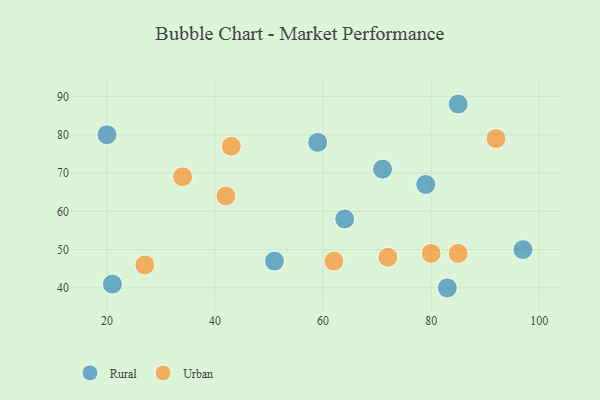
{"axis": {"x": "GDP", "y": "Life Expectancy"}, "legend": ["Rural", "Urban"], "data": [{"x": "79", "y": 67, "type": "Rural"}, {"x": "71", "y": 71, "type": "Rural"}, {"x": "97", "y": 50, "type": "Rural"}, {"x": "20", "y": 80, "type": "Rural"}, {"x": "83", "y": 40, "type": "Rural"}, {"x": "51", "y": 47, "type": "Rural"}, {"x": "21", "y": 41, "type": "Rural"}, {"x": "59", "y": 78, "type": "Rural"}, {"x": "85", "y": 88, "type": "Rural"}, {"x": "64", "y": 58, "type": "Rural"}, {"x": "62", "y": 47, "type": "Urban"}, {"x": "43", "y": 77, "type": "Urban"}, {"x": "27", "y": 46, "type": "Urban"}, {"x": "80", "y": 49, "type": "Urban"}, {"x": "85", "y": 49, "type": "Urban"}, {"x": "34", "y": 69, "type": "Urban"}, {"x": "92", "y": 79, "type": "Urban"}, {"x": "42", "y": 64, "type": "Urban"}, {"x": "72", "y": 48, "type": "Urban"}]}